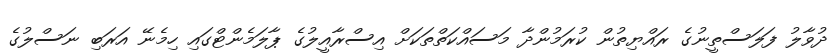
ދުވާލު ފަލަސްތީނުގެ ރައްޔިތުން ކުރަމުންދާ މަސައްކަތްތަކަށް އިސްރާއީލުގެ ޕާލަމެންޓްގައި ހިމެނޭ އަރަބި ނަސްލުގެ